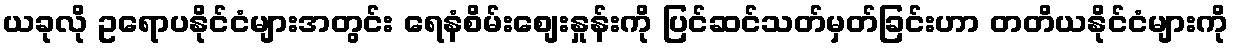
ယခုလို ဥရောပနိုင်ငံများအတွင်း ရေနံစိမ်းစျေးနှုန်းကို ပြင်ဆင်သတ်မှတ်ခြင်းဟာ တတိယနိုင်ငံများကို